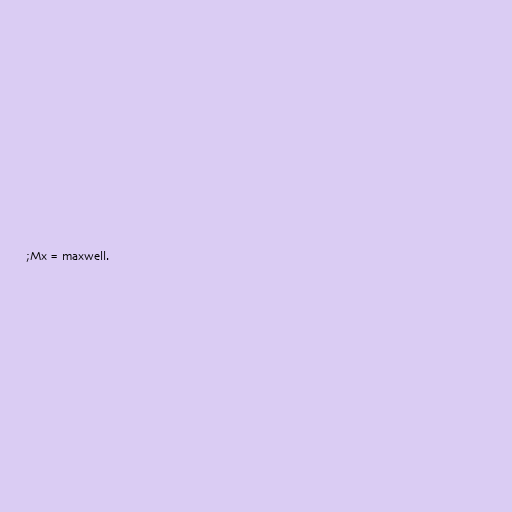
;Mx = maxwell.